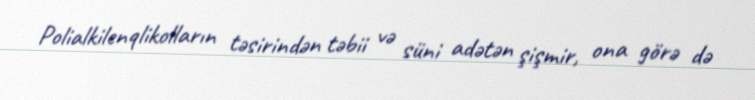
Polialkilenqlikolların təsirindən təbii və süni adətən şişmir, ona görə də